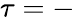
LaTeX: \tau=-